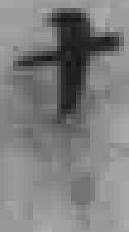
十